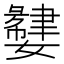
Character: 𫲌